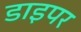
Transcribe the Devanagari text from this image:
डाइपर